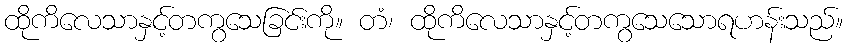
ထိုကိလေသာနှင့်တကွသေခြင်းကို။ တံ၊ ထိုကိလေသာနှင့်တကွသေသောရဟန်းသည်။